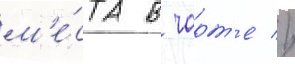
м'е́ста в чарт'е //